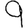
Digit: 9